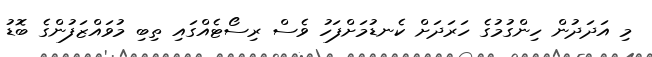
މި އަދަދުން ހިންގުމުގެ ހަރަދަށް ކެނޑުމަށްފަހު ވެސް ރިސޯޓެއްގައި ތިބި މުވައްޒަފުންގެ ބޮޑު